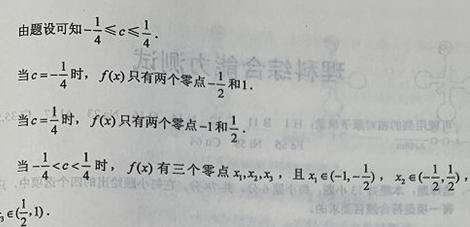
由题设可知$-\frac{1}{4}\leqslant c\leqslant\frac{1}{4}$.

当$c = -\frac{1}{4}$时，$f(x)$只有两个零点$-\frac{1}{2}$和$1$.

当$c = \frac{1}{4}$时，$f(x)$只有两个零点$-1$和$\frac{1}{2}$.

当$-\frac{1}{4}<c<\frac{1}{4}$时，$f(x)$有三个零点$x_1,x_2,x_3$，且$x_1\in(-1,-\frac{1}{2})$，$x_2\in(-\frac{1}{2},\frac{1}{2})$，$x_3\in(\frac{1}{2},1)$.